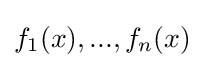
f_{1}(x),...,f_{n}(x)